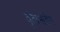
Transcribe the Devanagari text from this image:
वृंताभडिंभ